Calcutta medical institutions reports 1892-1900
Year: 1892
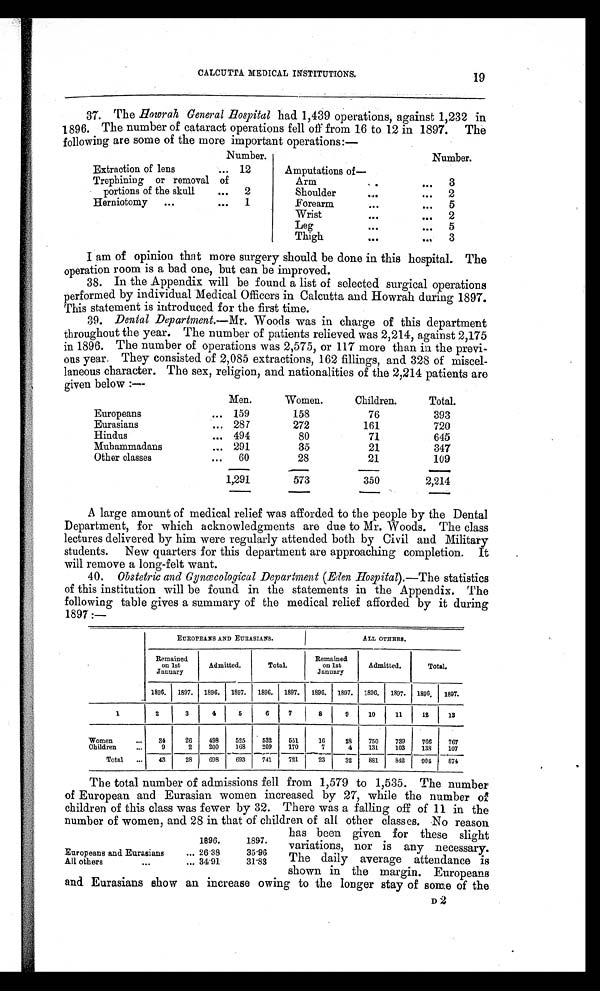
CALCUTTA MEDICAL INSTITUTIONS.
37. The Howrah General Hospital had 1,439 operations, against 1,232 in
1896. The number of cataract operations fell off from 16 to 12 in 1897. The
following are some of the more important operations:—
Number.
Number.
Extraction of lens
... 12
Amputations of —
Trephining or removal of
Arm
. . .
... 3
portions of the skull
... 2
Shoulder
...
. . . 2
Herniotomy ...
... 1
Forearm
. . .
... 5
Wrist
...
. . . 2
Leg
...
. . . 5
Thigh
...
. . . 3
I am of opinion that more surgery should be done in this hospital. The
operation room is a bad one, but can be improved.
38. In the Appendix will be found a list of selected surgical operations
performed by individual Medical Officers in Calcutta and Howrah during 1897.
This statement is introduced for the first time.
39. Dental Department.—Mr. Woods was in charge of this department
throughout the year. The number of patients relieved was 2,214, against 2,175
in 1896. The number of operations was 2,575, or 117 more than in the previ-
ous year. They consisted of 2,085 extractions, 162 fillings, and 328 of miscel-
laneous character. The sex, religion, and nationalities of the 2,214 patients are
given below:—
Men.
Women.
Children.
Total.
Europeans
... 159
158
76
393
Eurasians
... 287
272
161
720
Hindus
... 494
80
71
645
Muhammadans
... 291
35
21
347
Other classes
... 60
28
21
109
1,291
573
350
2,214
A large amount of medical relief was afforded to the people by the Dental
Department, for which acknowledgments are due to Mr. Woods. The class
lectures delivered by him were regularly attended both by Civil and Military
students. New quarters for this department are approaching completion. It
will remove a long-felt want.
40, Obstetric and Gynœcological Department (Eden Hospital).—The statistics
of this institution will be found in the statements in the Appendix. The
following table gives a summary of the medical relief afforded by it during
1897:—
EUROPEANS AND EURASIANS.
ALL OTHERS.
Remained
on 1st
January
Admitted.
Total.
Remained
on 1st
January
Admitted.
Total.
1896. 1897. 1896. 1897. 1896. 1897. 1896. 1897. 1896. 1897. 1896. 1897.
1 2
3
4
5
6
7
8
9
10
11
12
13
Women
... 34
26 498 525 532 551
16
28 750 739 766 767
Children
...
9
2 200 168 209 170
7
4 131 103 138 107
Total ... 43
28 698 693 741 721
23
32 881 842 904 874
The total number of admissions fell from 1,579 to 1,535. The number
of European and Eurasian women increased by 27, while the number of
children of this class was fewer by 32. There was a falling off of 11 in the
number of women, and 28 in that of children of all other classes. No reason
has been given for these slight
variations, nor is any necessary.
The daily average attendance is
shown in the margin. Europeans
and Eurasians show an increase owing to the longer stay of some of the
D 2
19
1896.
1897.
Europeans and Eurasians
... 26.38
35.96
All others
...
... 34.91
31.83